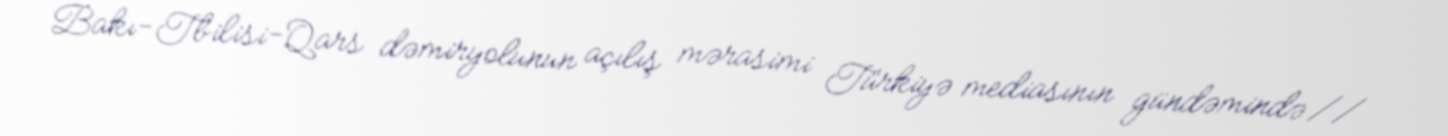
Bakı-Tbilisi-Qars dəmiryolunun açılış mərasimi Türkiyə mediasının gündəmində //